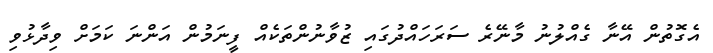
އެގޮތުން އޭނާ ގެއްލުނު މާނޭރެ ސަރަހައްދުގައި ޒުވާނުންތަކެއް ފީނަމުން އަންނަ ކަމަށް ވިދާޅުވި